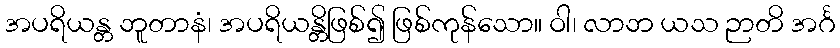
အပရိယန္တ ဘူတာနံ၊ အပရိယန္တိဖြစ်၍ ဖြစ်ကုန်သော။ ဝါ၊ လာဘ ယသ ဉာတိ အင်္ဂ